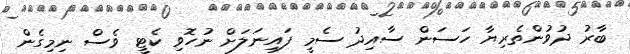
ބާރު ދުވުންތެރިޔާ ހަސަން ސާއިދު ސެމީ ފައިނަލަށް ނުހޮވި ކެޓީ ވެސް ނިމިގެން